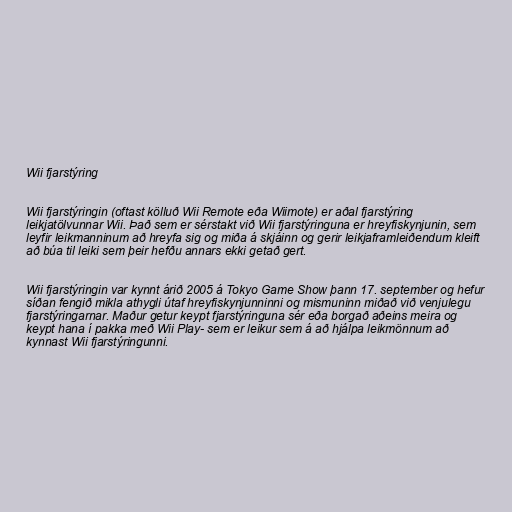
Wii fjarstýring

Wii fjarstýringin (oftast kölluð Wii Remote eða Wiimote) er aðal fjarstýring
leikjatölvunnar Wii. Það sem er sérstakt við Wii fjarstýringuna er hreyfiskynjunin, sem
leyfir leikmanninum að hreyfa sig og miða á skjáinn og gerir leikjaframleiðendum kleift
að búa til leiki sem þeir hefðu annars ekki getað gert.

Wii fjarstýringin var kynnt árið 2005 á Tokyo Game Show þann 17. september og hefur
síðan fengið mikla athygli útaf hreyfiskynjunninni og mismuninn miðað við venjulegu
fjarstýringarnar. Maður getur keypt fjarstýringuna sér eða borgað aðeins meira og
keypt hana í pakka með Wii Play- sem er leikur sem á að hjálpa leikmönnum að
kynnast Wii fjarstýringunni.